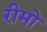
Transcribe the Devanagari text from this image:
रीमो